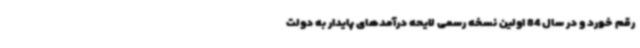
رقم خورد و در سال 84 اولین نسخه رسمی لایحه درآمدهای پایدار به دولت